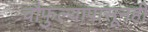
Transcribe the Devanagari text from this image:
चौफुल्यापासूनही